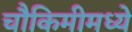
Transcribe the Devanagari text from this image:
चौकिमीमध्ये